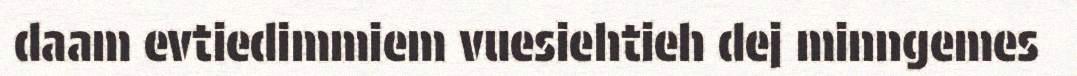
daam evtiedimmiem vuesiehtieh dej minngemes